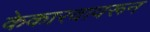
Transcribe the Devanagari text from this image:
केकारवावरून